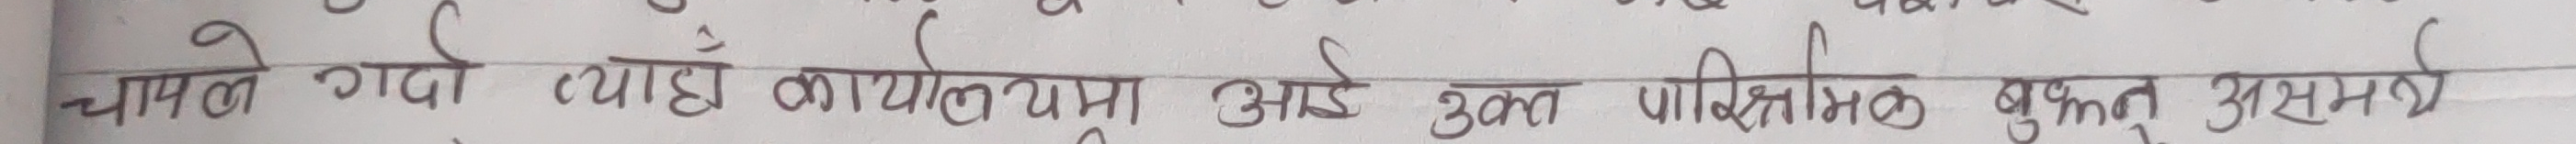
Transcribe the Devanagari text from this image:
चापल गयो त्यही कार्यालयमा आइ उक्त पारिश्रमिक भुक्न असमर्थ